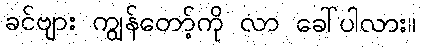
ခင်ဗျား ကျွန်တော့်ကို လာ ခေါ်ပါလား။